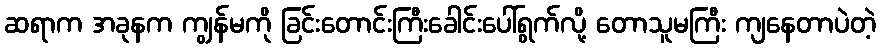
ဆရာက အခုနက ကျွန်မကို ခြင်းတောင်းကြီးခေါင်းပေါ်ရွက်လို့ တောသူမကြီး ကျနေတာပဲတဲ့